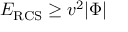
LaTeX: { \cal E } _ { \mathrm { R C S } } \geq v ^ { 2 } | \Phi |